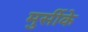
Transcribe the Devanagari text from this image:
मुर्सीके